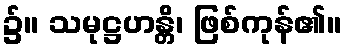
၌။ သမုဋ္ဌဟန္တိ၊ ဖြစ်ကုန်၏။